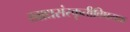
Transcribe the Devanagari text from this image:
खाद्यसंस्कृतीविषयक